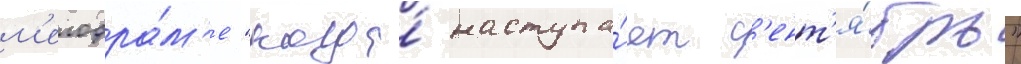
м'елодра́м'е "когда́ наступа́ет с'ент'я́брь"